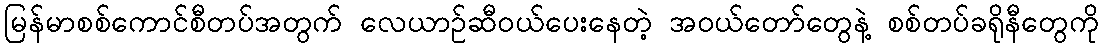
မြန်မာစစ်ကောင်စီတပ်အတွက် လေယာဉ်ဆီဝယ်ပေးနေတဲ့ အဝယ်တော်တွေနဲ့ စစ်တပ်ခရိုနီတွေကို